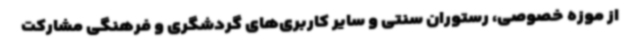
از موزه خصوصی، رستوران سنتی و سایر کاربری‌های گردشگری و فرهنگی مشارکت